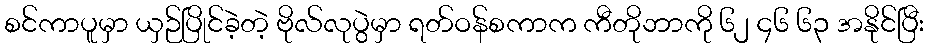
စင်ကာပူမှာ ယှဉ်ပြိုင်ခဲ့တဲ့ ဗိုလ်လုပွဲမှာ ရတ်ဝန်စကာက ကီတိုဘာကို ၆၂ ၄၆ ၆၃ အနိုင်ပြီး